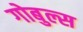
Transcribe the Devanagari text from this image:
गोबुल्स